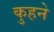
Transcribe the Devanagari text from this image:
कुहने